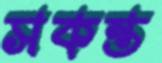
সকন্ত